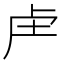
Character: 𮓗